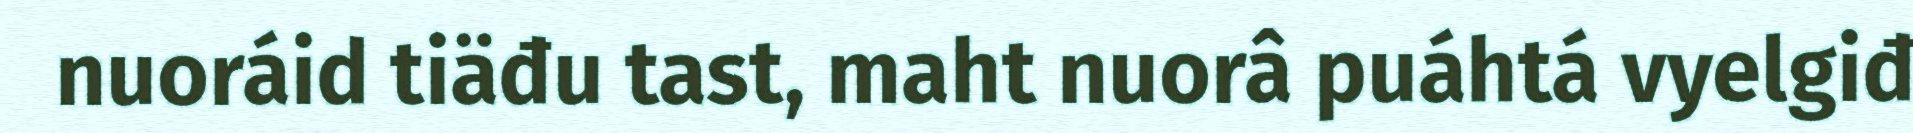
nuoráid tiäđu tast, maht nuorâ puáhtá vyelgiđ